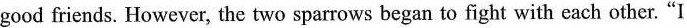
good friends. However, the two sparrows began to fight with each other. “I